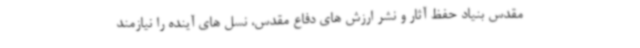
مقدس بنیاد حفظ آثار و نشر ارزش های دفاع مقدس، نسل های آینده را نیازمند